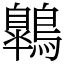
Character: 鷱